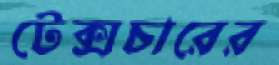
টেক্সচারের